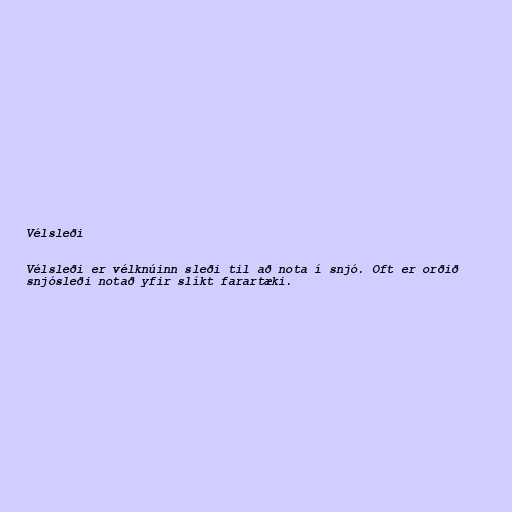
Vélsleði

Vélsleði er vélknúinn sleði til að nota í snjó. Oft er orðið
snjósleði notað yfir slíkt farartæki.